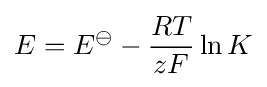
E=E^{\ominus }-{\frac {RT}{zF}}\ln K